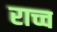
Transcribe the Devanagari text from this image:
राच्च